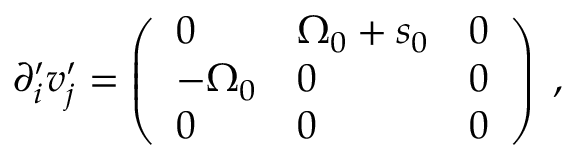
\partial _ { i } ^ { \prime } v _ { j } ^ { \prime } = \left( \begin{array} { l l l } { 0 } & { { \Omega } _ { 0 } + s _ { 0 } } & { 0 } \\ { - { \Omega } _ { 0 } } & { 0 } & { 0 } \\ { 0 } & { 0 } & { 0 } \end{array} \right) \; ,